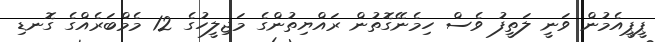
ޕީޕީއެމުން ވަނީ ލަތީފު ވެސް ހިމެނޭގޮތުން ރައްޔިތުންގެ މަޖިލީހުގެ 12 މެމްބަރެއްގެ ގޮނޑި